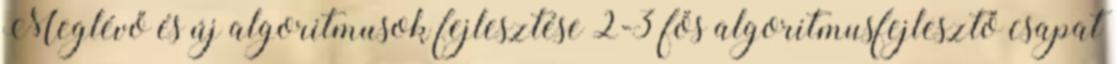
Meglévő és új algoritmusok fejlesztése 2-3 fős algoritmusfejlesztő csapat